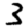
Digit: 3